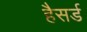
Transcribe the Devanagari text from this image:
हैसर्ड